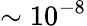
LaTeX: \sim 10^{-8}